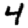
Digit: 4